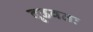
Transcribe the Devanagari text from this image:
दृढवतः